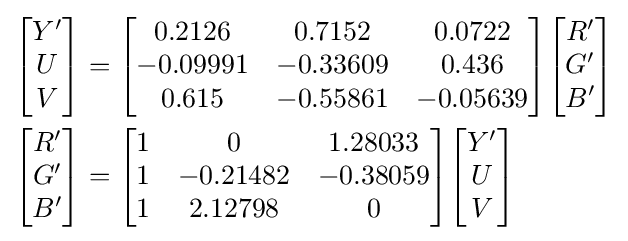
{\begin{aligned}{\begin{bmatrix}Y'\\U\\V\end{bmatrix}}&={\begin{bmatrix}0.2126&0.7152&0.0722\\-0.09991&-0.33609&0.436\\0.615&-0.55861&-0.05639\end{bmatrix}}{\begin{bmatrix}R'\\G'\\B'\end{bmatrix}}\\{\begin{bmatrix}R'\\G'\\B'\end{bmatrix}}&={\begin{bmatrix}1&0&1.28033\\1&-0.21482&-0.38059\\1&2.12798&0\end{bmatrix}}{\begin{bmatrix}Y'\\U\\V\end{bmatrix}}\end{aligned}}